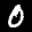
Label: 0